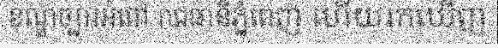
ខណ្ឌច្បារអំពៅ រាជធានីភ្នំពេញ ហើយរកឃើញ